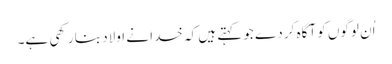
اُن لوگوں کو آگاہ کر دے جو کہتے ہیں کہ خدا نے اولاد بنا رکھی ہے۔